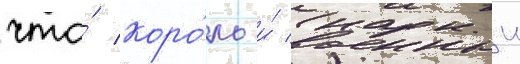
что́ коро́ль и́ военныи